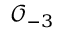
{ \mathcal { O } } _ { - 3 }